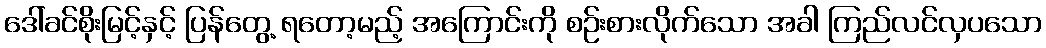
ဒေါ်ခင်စိုးမြင့်နှင့် ပြန်တွေ့ ရတော့မည့် အကြောင်းကို စဉ်းစားလိုက်သော အခါ ကြည်လင်လှပသော